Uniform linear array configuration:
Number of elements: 64
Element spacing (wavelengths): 1
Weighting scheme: exponential
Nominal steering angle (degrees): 15
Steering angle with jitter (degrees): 16.289
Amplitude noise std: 0.05
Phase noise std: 0.05

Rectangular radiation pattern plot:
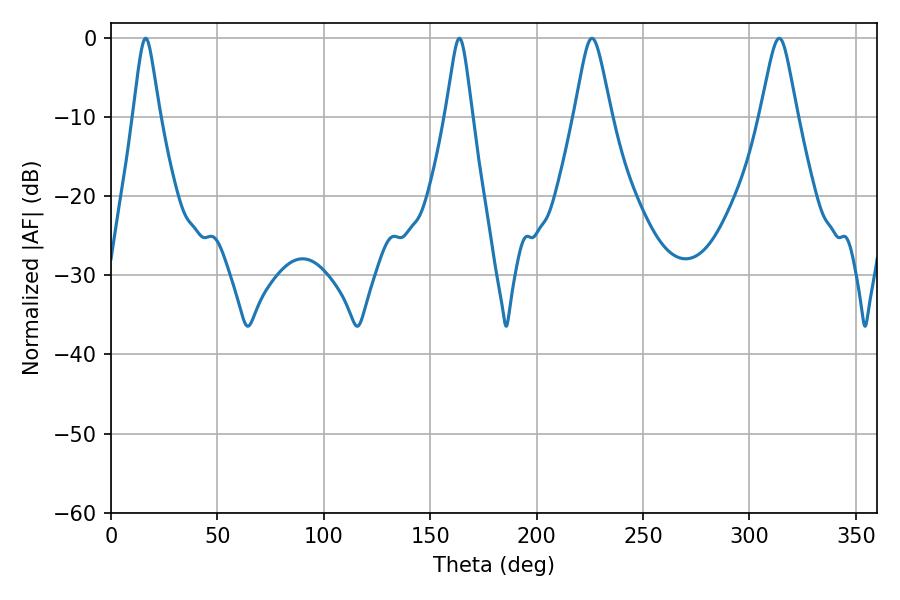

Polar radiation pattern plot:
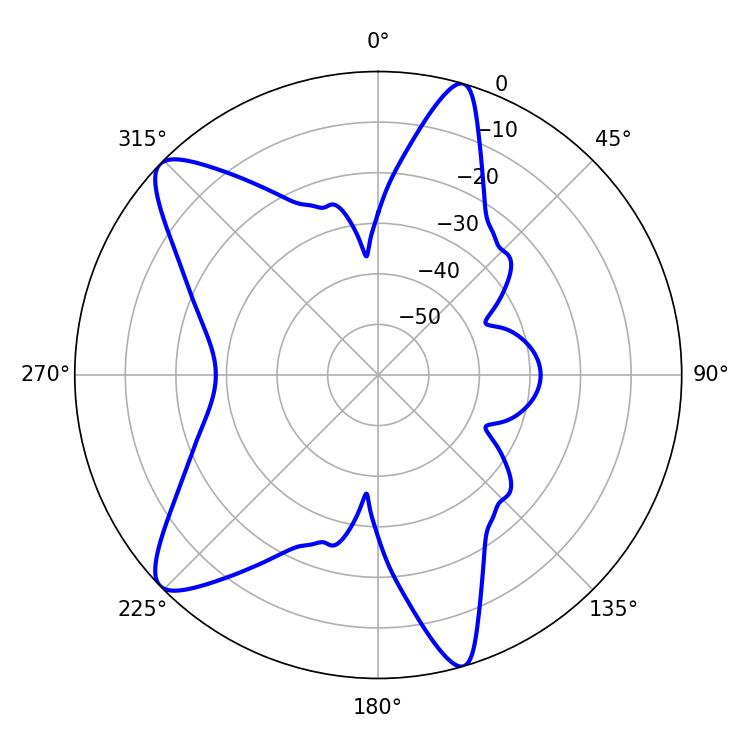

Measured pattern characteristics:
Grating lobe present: TRUE
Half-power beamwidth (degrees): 8.28
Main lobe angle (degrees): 226.08